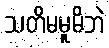
သတိမမူမိဘဲ